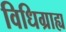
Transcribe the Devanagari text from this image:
विधिग्राह्य